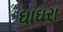
ઘાઘરા